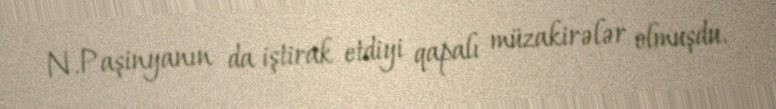
N.Paşinyanın da iştirak etdiyi qapalı müzakirələr olmuşdu.